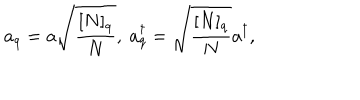
a _ { q } = a \sqrt { \frac { [ N ] _ { q } } { N } } , ~ a _ { q } ^ { \dagger } = \sqrt { \frac { [ N ] _ { q } } { N } } a ^ { \dagger } ,